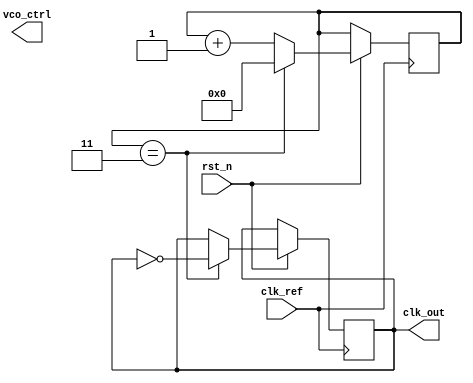
module integer_n_pll (
    input wire clk_ref,        // Reference clock input
    input wire rst_n,         // Active low reset
    output reg clk_out,       // Output clock
    output reg [7:0] vco_ctrl // Control voltage for VCO (simplified)
);

// Parameters
parameter N = 4; // Integer division factor
parameter CP_CURRENT = 8; // Charge pump current
parameter LF_TIME_CONSTANT = 16; // Loop filter time constant

// PFD signals
reg pfd_up;
reg pfd_down;
reg clk_ref_d; // Delayed reference clock
reg clk_fb_d;  // Delayed feedback clock

// Charge Pump signals
reg cp_out;
reg [7:0] charge_pump_output;

// Loop Filter
reg [7:0] loop_filter_output;

// VCO
reg [7:0] vco_output;
reg [7:0] vco_frequency;

// Frequency Divider
reg [N-1:0] divider_count;

// PFD Logic
always @(posedge clk_ref or negedge rst_n) begin
    if (!rst_n) begin
        pfd_up <= 0;
        pfd_down <= 0;
        clk_ref_d <= 0;
        clk_fb_d <= 0;
    end else begin
        clk_ref_d <= clk_ref;
        // Assuming clk_fb is the output clock divided by N
        clk_fb_d <= clk_out;

        if (clk_ref_d && !clk_ref) begin // Rising edge of clk_ref
            if (!clk_fb_d) begin
                pfd_up <= 1;
                pfd_down <= 0;
            end else begin
                pfd_up <= 0;
                pfd_down <= 1;
            end
        end else begin
            pfd_up <= 0;
            pfd_down <= 0;
        end
    end
end

// Charge Pump Logic
always @(posedge clk_ref or negedge rst_n) begin
    if (!rst_n) begin
        charge_pump_output <= 0;
    end else begin
        if (pfd_up) begin
            charge_pump_output <= charge_pump_output + CP_CURRENT;
        end else if (pfd_down) begin
            charge_pump_output <= charge_pump_output - CP_CURRENT;
        end
    end
end

// Loop Filter Logic (simple first-order)
always @(posedge clk_ref or negedge rst_n) begin
    if (!rst_n) begin
        loop_filter_output <= 0;
    end else begin
        loop_filter_output <= (loop_filter_output + charge_pump_output) / LF_TIME_CONSTANT;
    end
end

// VCO Logic
always @(posedge clk_ref or negedge rst_n) begin
    if (!rst_n) begin
        vco_output <= 0;
        vco_frequency <= 0;
    end else begin
        vco_frequency <= loop_filter_output; // Control voltage to VCO
        // Generate output clock based on VCO frequency
        if (divider_count == (N - 1)) begin
            clk_out <= ~clk_out; // Toggle output clock
            divider_count <= 0;
        end else begin
            divider_count <= divider_count + 1;
        end
    end
end

endmodule